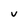
Character: V